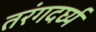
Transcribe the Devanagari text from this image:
तरंगदर्घ्य